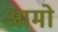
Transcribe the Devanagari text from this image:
आमो